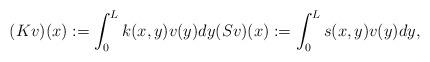
LaTeX: \begin{align*}(Kv)(x):=\int_0^L k(x,y)v(y)dy (Sv)(x):=\int_0^L s(x,y)v(y)dy, \end{align*}